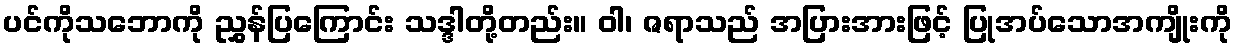
ပင်ကိုသဘောကို ညွှန်ပြကြောင်း သဒ္ဒါတို့တည်း။ ဝါ၊ ဇရာသည် အပြားအားဖြင့် ပြုအပ်သောအကျိုးကို